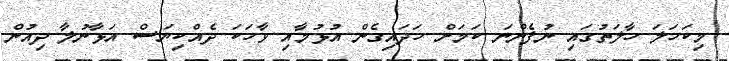
މިކަހަލަ ހާލަތުގައި ނުފެންނަ ކަމަށް ހަދައިގެން އުޅުމާއި ވާހަކަ ދެއްކިޔަސް އަޅާނުލާ ދިއުން